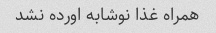
همراه غذا نوشابه اورده نشد